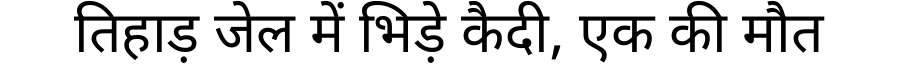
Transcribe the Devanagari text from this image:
तिहाड़ जेल में भिड़े कैदी, एक की मौत